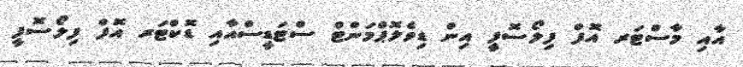
އާއި މާސްޓަރ އޮފް ފިލޯސޮފީ އިން ޑިވެލޮޕްމަންޓް ސްޓަޑީސްއާއި ޑޮކްޓަރ އޮފް ފިލޯސޮފީ